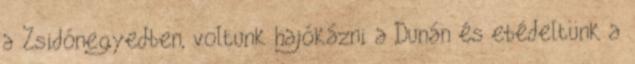
a Zsidónegyedben, voltunk hajókázni a Dunán és ebédeltünk a